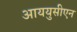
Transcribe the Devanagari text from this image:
आययुसीएन